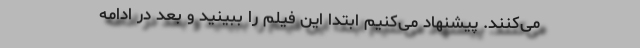
می‌کنند. پیشنهاد می‌کنیم ابتدا این فیلم را ببینید و بعد در ادامه